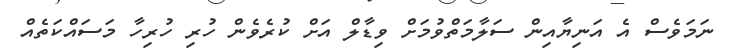
ނަމަވެސް އެ އަނިޔާއިން ސަލާމަތްވުމަށް ވިޑާލް އަށް ކުރެވެން ހުރި ހުރިހާ މަސައްކަތެއް